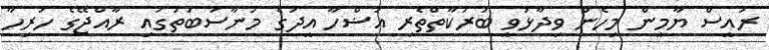
ރައީސް ޔާމީން މިހެން ވިދާޅުވީ ބަރަކާތްތެރި އަޟްހާ އީދުގެ މުނާސަބަތުގައި ރާއްޖޭގެ ހުރިހާ